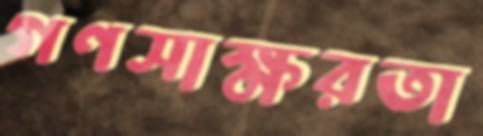
গণসাক্ষরতা